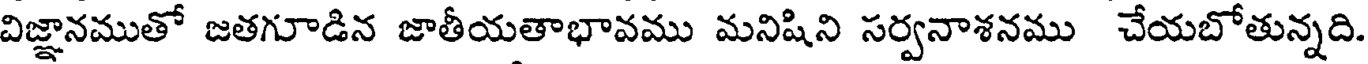
విజ్ఞానముతో జతగూడిన జాతీయతాభావము మనిషిని సర్వనాశనము చేయబోతున్నది.